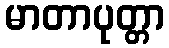
မာတာပုတ္တာ